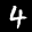
Label: 4